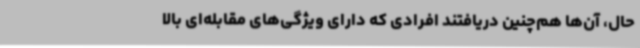
حال، آن‌ها هم‌چنین دریافتند افرادی که دارای ویژگی‌های مقابله‌ای بالا